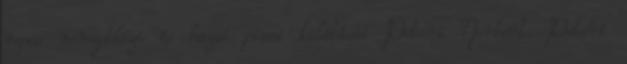
repce nemzetközi és hazai piaci kilátásai Potori Norbert. Potori